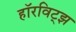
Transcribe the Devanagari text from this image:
हॉरविट्झ